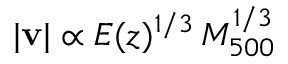
| \mathbf { v } | \propto E ( z ) ^ { 1 / 3 } \, M _ { 5 0 0 } ^ { 1 / 3 }